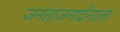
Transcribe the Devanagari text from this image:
जनताजनार्दनाला